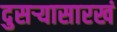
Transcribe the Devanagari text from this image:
दुसऱ्यासारखं